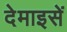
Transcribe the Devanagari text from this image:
देमाइसें